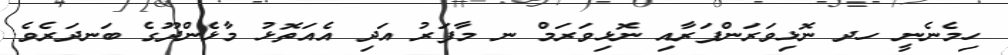
ހިމެނެނީ ހދ ނޮޅިވަރަންފަރާއި ނޮޅިވަރަމް ނ މާފަރު އަދި އެއަތޮޅު މާޅެންދޫގެ ބަނދަރެވެ.